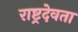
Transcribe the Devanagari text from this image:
राष्ट्रदेवता